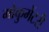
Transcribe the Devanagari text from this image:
मोकुमेंटरी